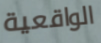
الواقعية